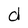
Character: d